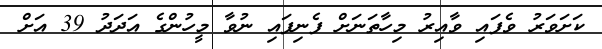
ކަށަވަރު ވެފައި ވާއިރު މިހާތަނަށް ފެނިފައި ނުވާ މީހުންގެ އަދަދު 39 އަށް